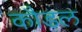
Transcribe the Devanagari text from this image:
कौडल